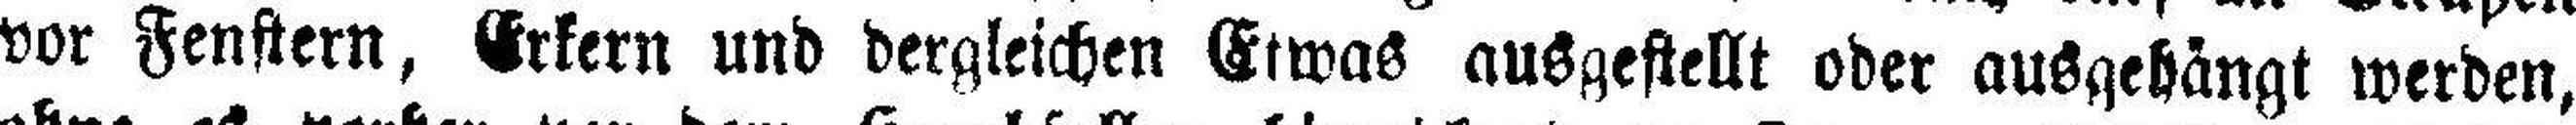
vor Fenstern, Erkern und dergleichen Etwas ausgestellt oder ausgehängt werden,